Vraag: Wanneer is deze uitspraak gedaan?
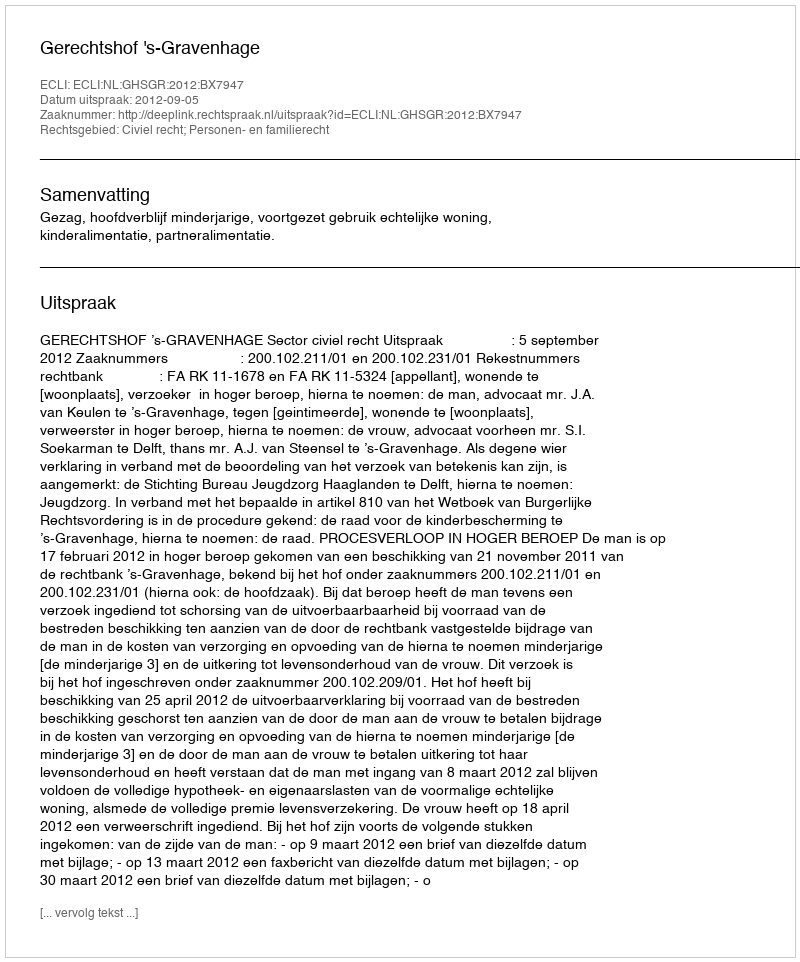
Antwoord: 2012-09-05